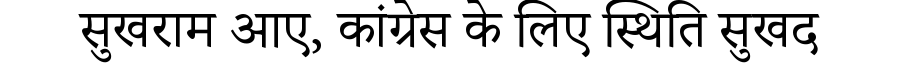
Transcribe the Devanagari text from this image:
सुखराम आए, कांग्रेस के लिए स्थिति सुखद